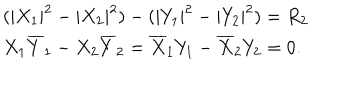
\begin{array} { l c r } { { ( | X _ { 1 } | ^ { 2 } - | X _ { 2 } | ^ { 2 } ) - ( | Y _ { 1 } | ^ { 2 } - | Y _ { 2 } | ^ { 2 } ) = R _ { 2 } } } \\ { { X _ { 1 } \overline { { { Y } } } _ { 1 } - X _ { 2 } \overline { { { Y } } } _ { 2 } = \overline { { { X } } } _ { 1 } Y _ { 1 } - \overline { { { X } } } _ { 2 } Y _ { 2 } = 0 . } } \\ \end{array}